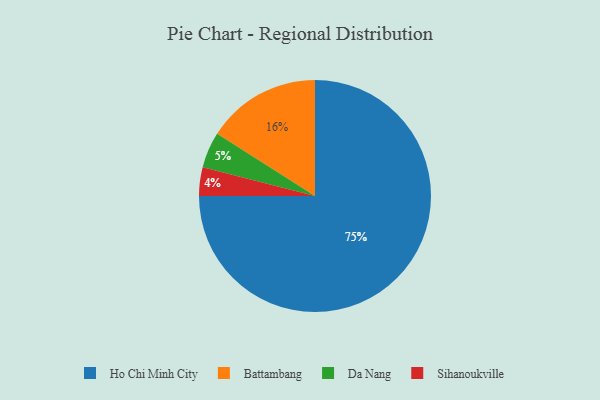
{"axis": {"x": "Category", "y": "Percentage"}, "legend": ["Battambang", "Da Nang", "Ho Chi Minh City", "Sihanoukville"], "data": [{"x": "Ho Chi Minh City", "y": 75, "type": "Ho Chi Minh City"}, {"x": "Sihanoukville", "y": 4, "type": "Sihanoukville"}, {"x": "Battambang", "y": 16, "type": "Battambang"}, {"x": "Da Nang", "y": 5, "type": "Da Nang"}]}